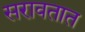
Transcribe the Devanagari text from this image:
सरावतात